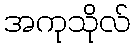
အကုသိုလ်